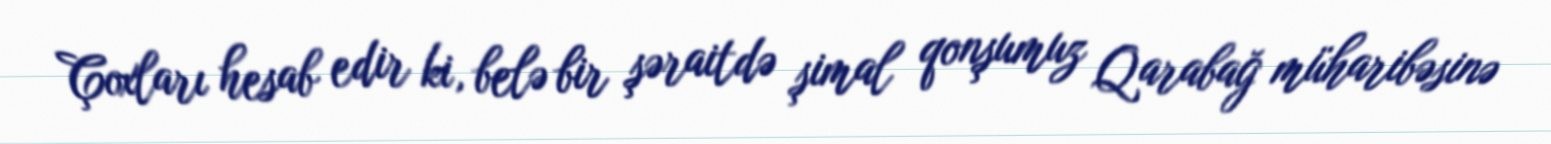
Çoxları hesab edir ki, belə bir şəraitdə şimal qonşumuz Qarabağ müharibəsinə